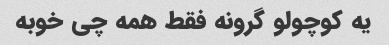
یه کوچولو گرونه فقط همه چی خوبه